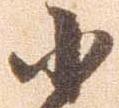
小